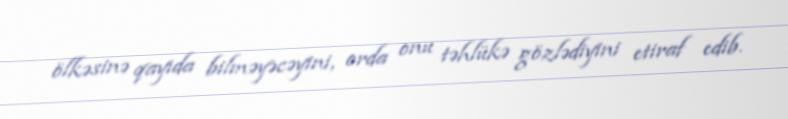
ölkəsinə qayıda bilməyəcəyini, orda onu təhlükə gözlədiyini etiraf edib.